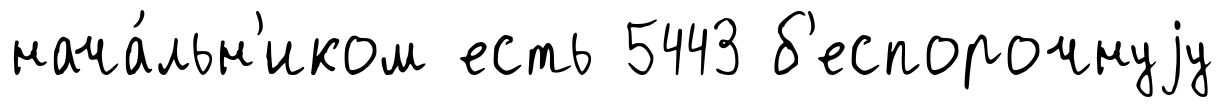
нача́льн'иком есть 5443 б'еспорочнуjу